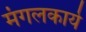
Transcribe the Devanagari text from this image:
मंगलकार्ये